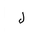
Letter: _lam